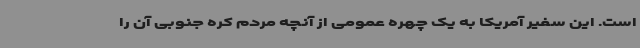
است. این سفیر آمریکا به یک چهره عمومی از آنچه مردم کره جنوبی آن را